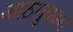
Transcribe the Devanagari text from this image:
आठमुकाम